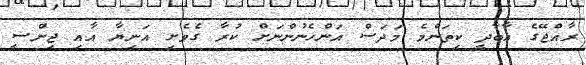
ރާއްޖޭގެ އާބާދީ ކިތަންމެ މަދަސް އަންހެނުންނަށް ކުރާ ގެވެށި އަނިޔާ އާއި ޖިންސީ